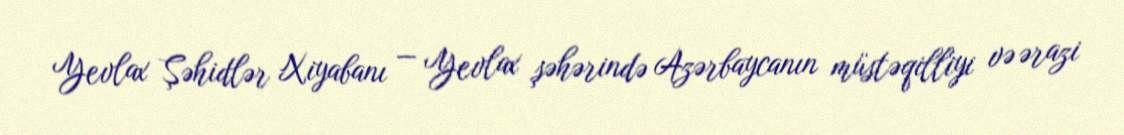
Yevlax Şəhidlər Xiyabanı — Yevlax şəhərində Azərbaycanın müstəqilliyi və ərazi